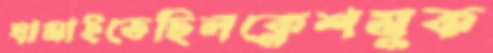
ঘামাইতেছিলক্লেশমুক